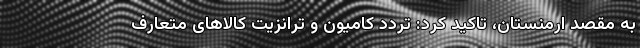
به مقصد ارمنستان، تاکید کرد: تردد کامیون و ترانزیت کالاهای متعارف